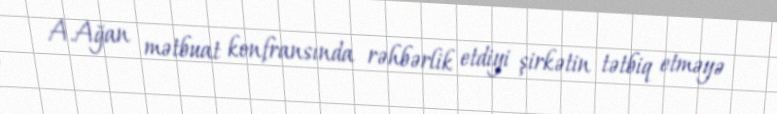
A.Ağan mətbuat konfransında rəhbərlik etdiyi şirkətin tətbiq etməyə